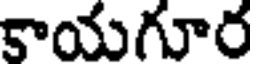
కాయగూర